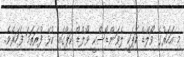
މި އަހަރުގެ ވޯލްޑް ކަޕަކީ ލެވަންޑޯސްކީ ވޯލްޑް ކަޕްގައި ކުޅޭ ފުރަތަމަ ފަހަރެވެ.